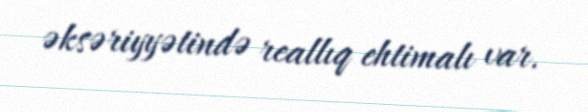
əksəriyyətində reallıq ehtimalı var.